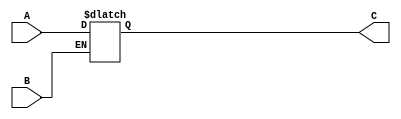
`timescale 1ns / 1ps
//////////////////////////////////////////////////////////////////////////////////
// Company: 
// Engineer: 
// 
// Design Name: 
// Module Name: buffer
// Project Name: 
// Target Devices: 
// Tool Versions: 
// Description: 
// 
// Dependencies: 
// 
// Revision:
// Revision 0.01 - File Created
// Additional Comments:
// 
//////////////////////////////////////////////////////////////////////////////////


module buffer(A,B,C);
input A,B;
output C;
reg C;
always@(B) begin
    if(B==0) C<=A;
end
endmodule